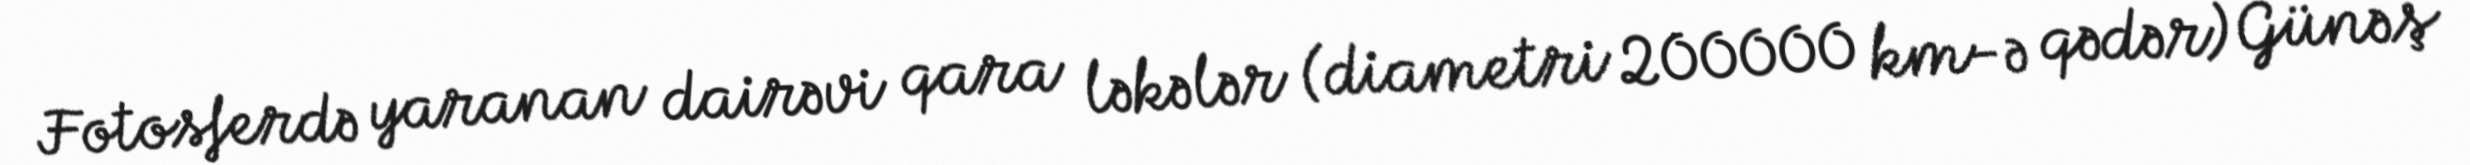
Fotosferdə yaranan dairəvi qara ləkələr (diametri 200000 km-ə qədər) Günəş